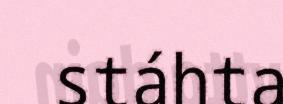
stáhta